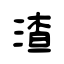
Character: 渣